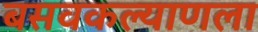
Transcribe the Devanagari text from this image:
बसवकल्याणला